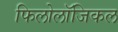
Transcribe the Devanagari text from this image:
फिलोलॉजिकल